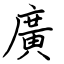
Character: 廣